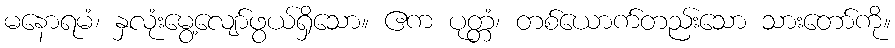
မနောရမံ၊ နှလုံးမွေ့လျော်ဖွယ်ရှိသော။ ဧက ပုတ္တံ၊ တစ်ယောက်တည်းသော သားတော်ကို။